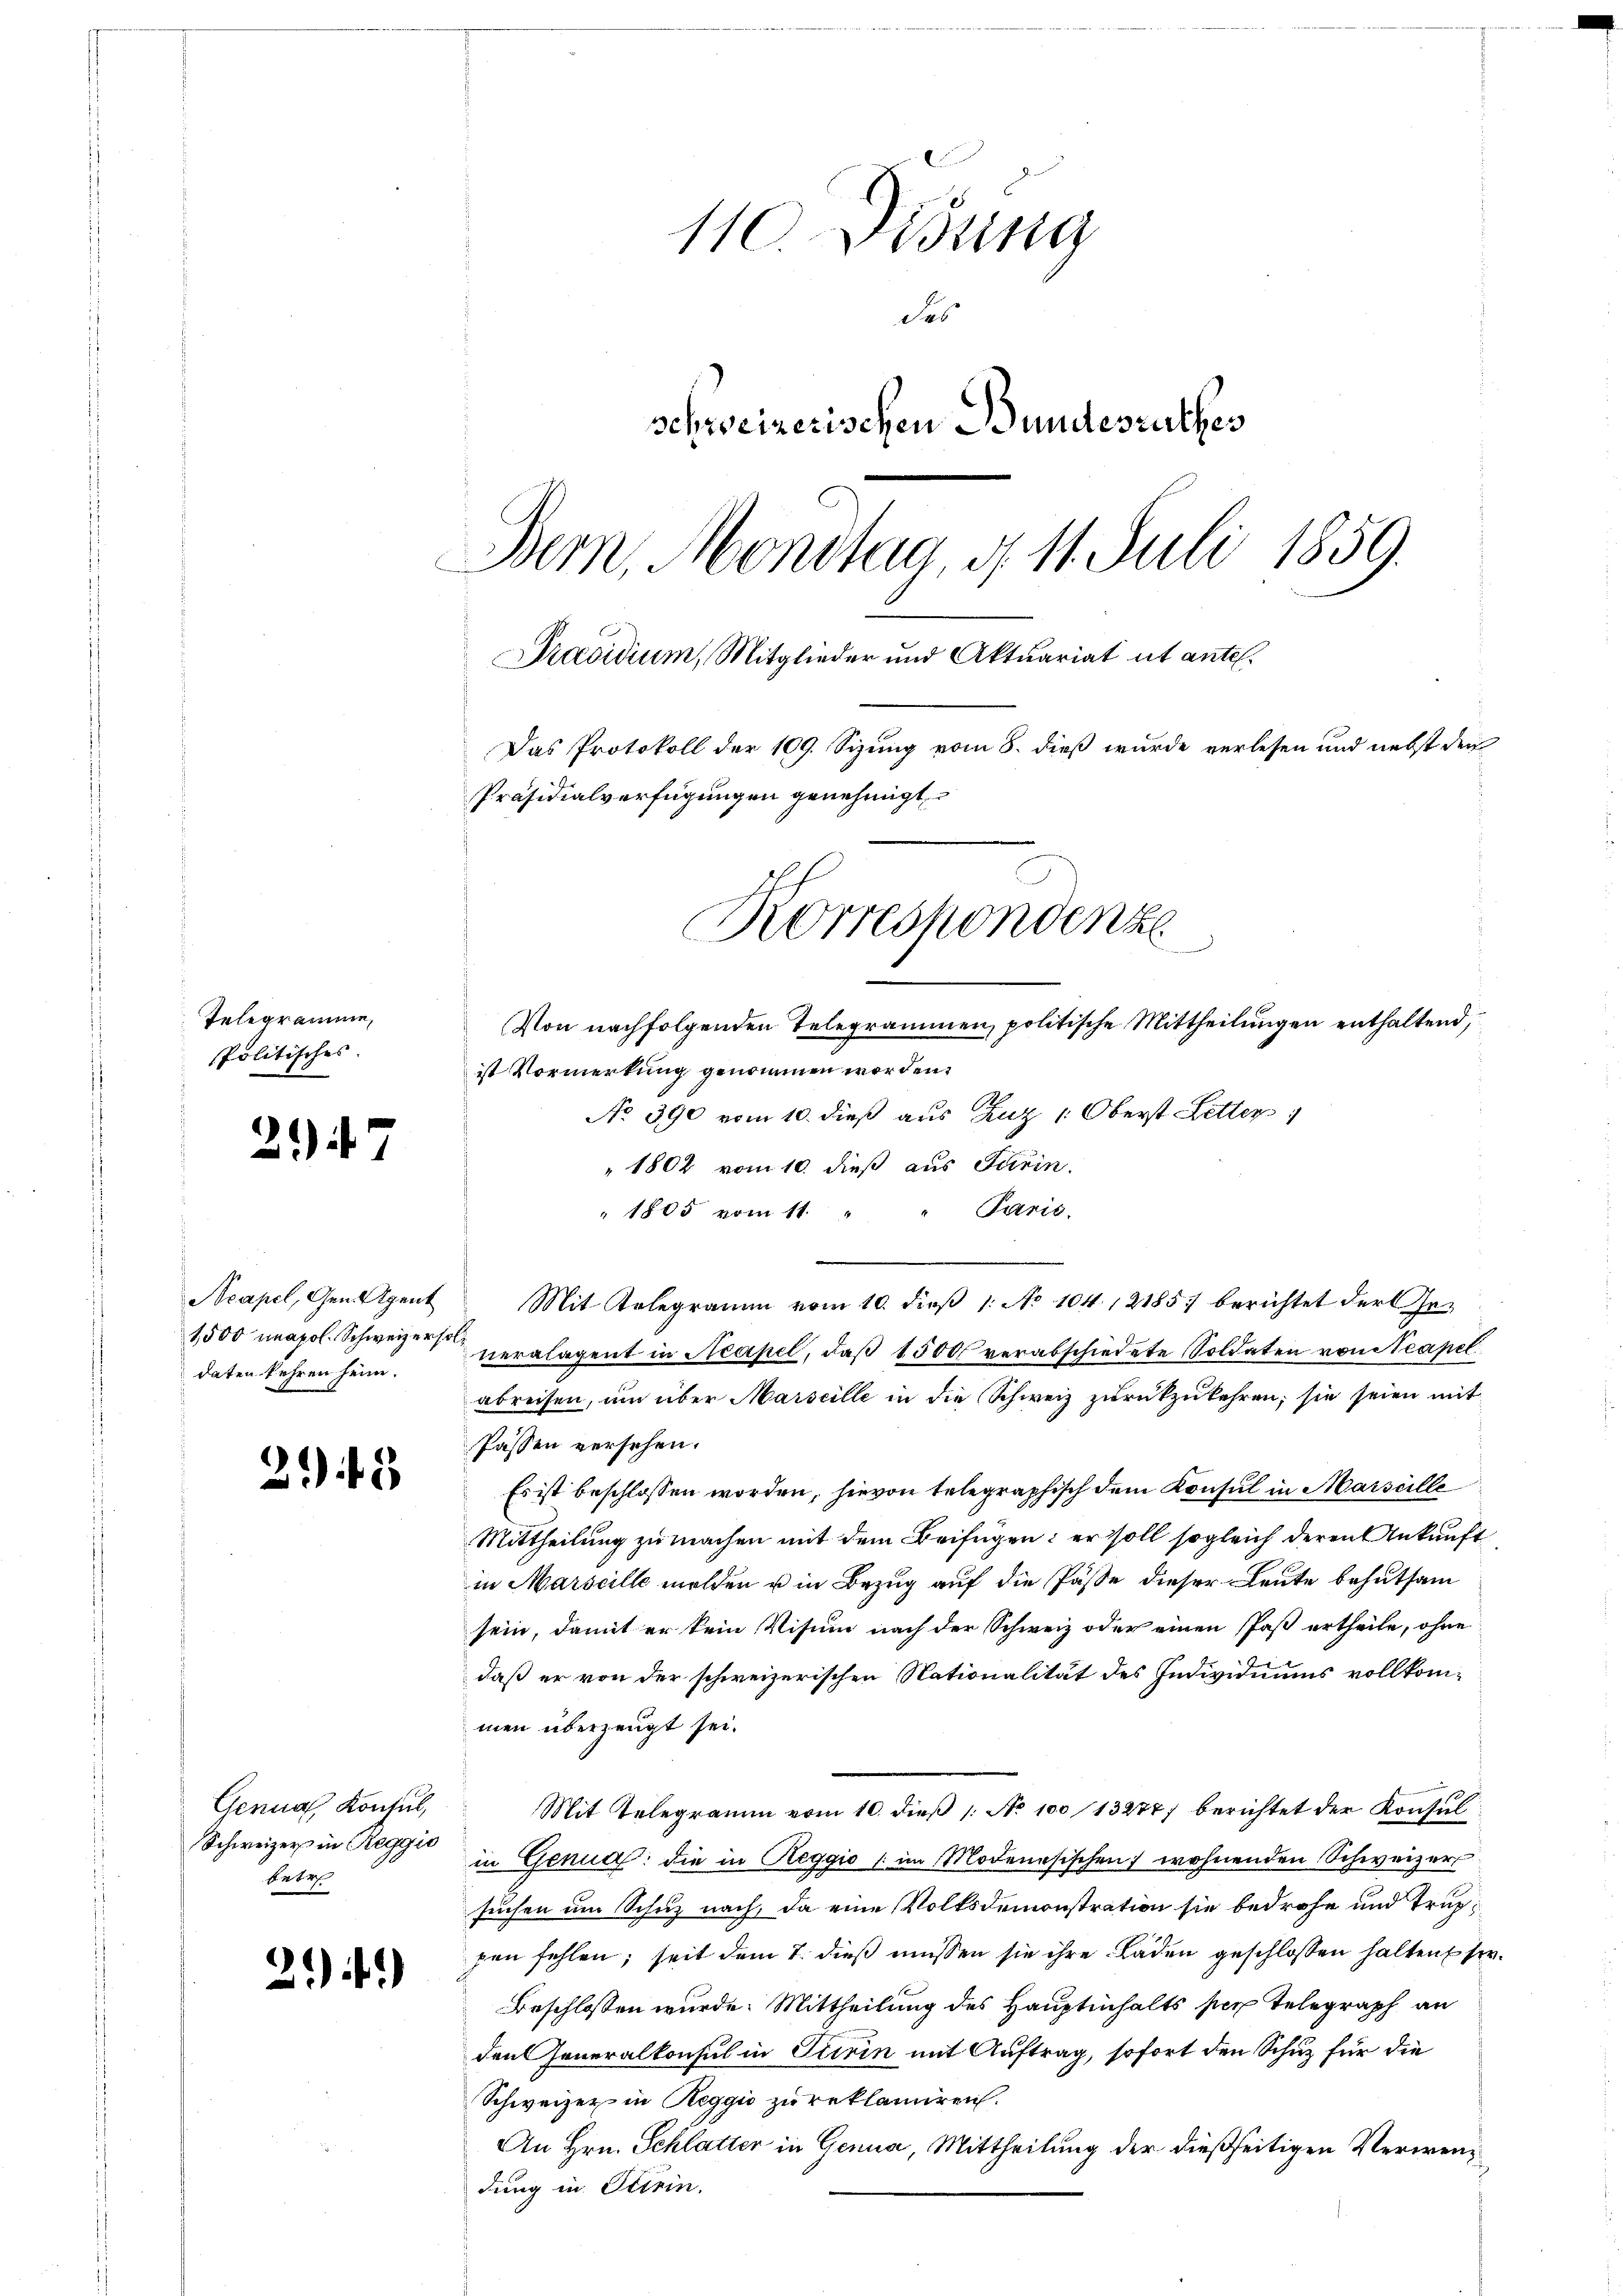
Telegramme
Politisches.

214

Neapel, Gen. Agent
1500 unapol. Schweizer soldaten kehren heim.

245

Genua, Konsul,
Schweizer in Reggio
fates

22)

110. Didung
des
schweizerischen Bundesrathes
Bern, Montag, § 11. Juli 1859.
Präsidium, Mitglieder und Aktuariat ut antel.
Das Protokoll der 109. Sizung vom 8. dieß wurde verlesen und nebst der
Präsidialverfügungen genehmigt
Korrespondenze
n
Von nachfolgenden Telegrammen, politische Mittheilungen enthaltend,

ist Vormerkung genommen worden.
No. 390 vom 10. dieß aus Zuz 1. Oberst Letter
1802 vom 10. dieß aus Turin.
" 1805 vom 11. " " Paris.
Mit Gelegramm vom 10. dieβ 1. No 104, 2185) berichtet der Generalagent in Neapel, daß 1500 verabschiedete Soldaten von Neapel
abreisen, um über Marseille in die Schweiz zurückzukehren; sie seien mit
Passen versehen.
Es ist beschlossen worden, hievon telegraphisch dem Konsul in Marseille
Mittheilung zu machen mit dem Beifügen: er soll sogleich deren Ankunft
in Marseille melden u in Bezug auf die Pässe dieser Leute behutsam
sein, damit er kein Visum nach der Schweiz oder einen Past ertheile, ohne
daß er von der schweizerischen Nationalität des Individuums vollkom-
men überzeugt sei.
Mit Telegramm vom 10. dieß 1: No 100 13274) berichtet der Konsul
in Genua die in Reggio im Modenesischen wohnenden Schweizer
suchen um Schuz nach, da eine Volksdemonstration sie bedrohe und truppen fehlen; seit dem 7. dieß müssen sie ihre Läden geschlossen halten, s.
eschlossen wurde. Mittheilung des Hauptinhalts hier Telegraph an
den Generalkonsul in Turin mit Auftrag, sofort den Schuz für die
Schweizer in Reggio zu reklamiren.
An Hrn. Schlatter in Genua, Mittheilung der dießseitigen Verwendung in Stirin.